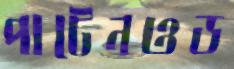
পাটেনওড